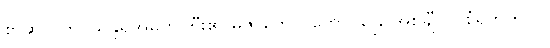
စာဆိုလက်ဝဲသုန္ဒရအမတ်ကြီး၏ မဲဇာတောင်တောင်ခြေ အစချီ ပိုဒ်စုံရတုကိုပင်